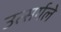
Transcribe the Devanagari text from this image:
उत्सर्गले